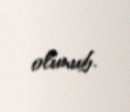
olunub.